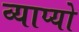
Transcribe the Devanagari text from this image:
व्याप्यो